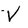
Character: V